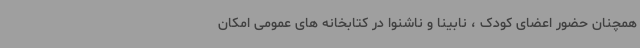
همچنان حضور اعضای کودک ، نابینا و ناشنوا در کتابخانه های عمومی امکان